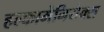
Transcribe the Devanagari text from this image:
हल्कामेनियेक्स